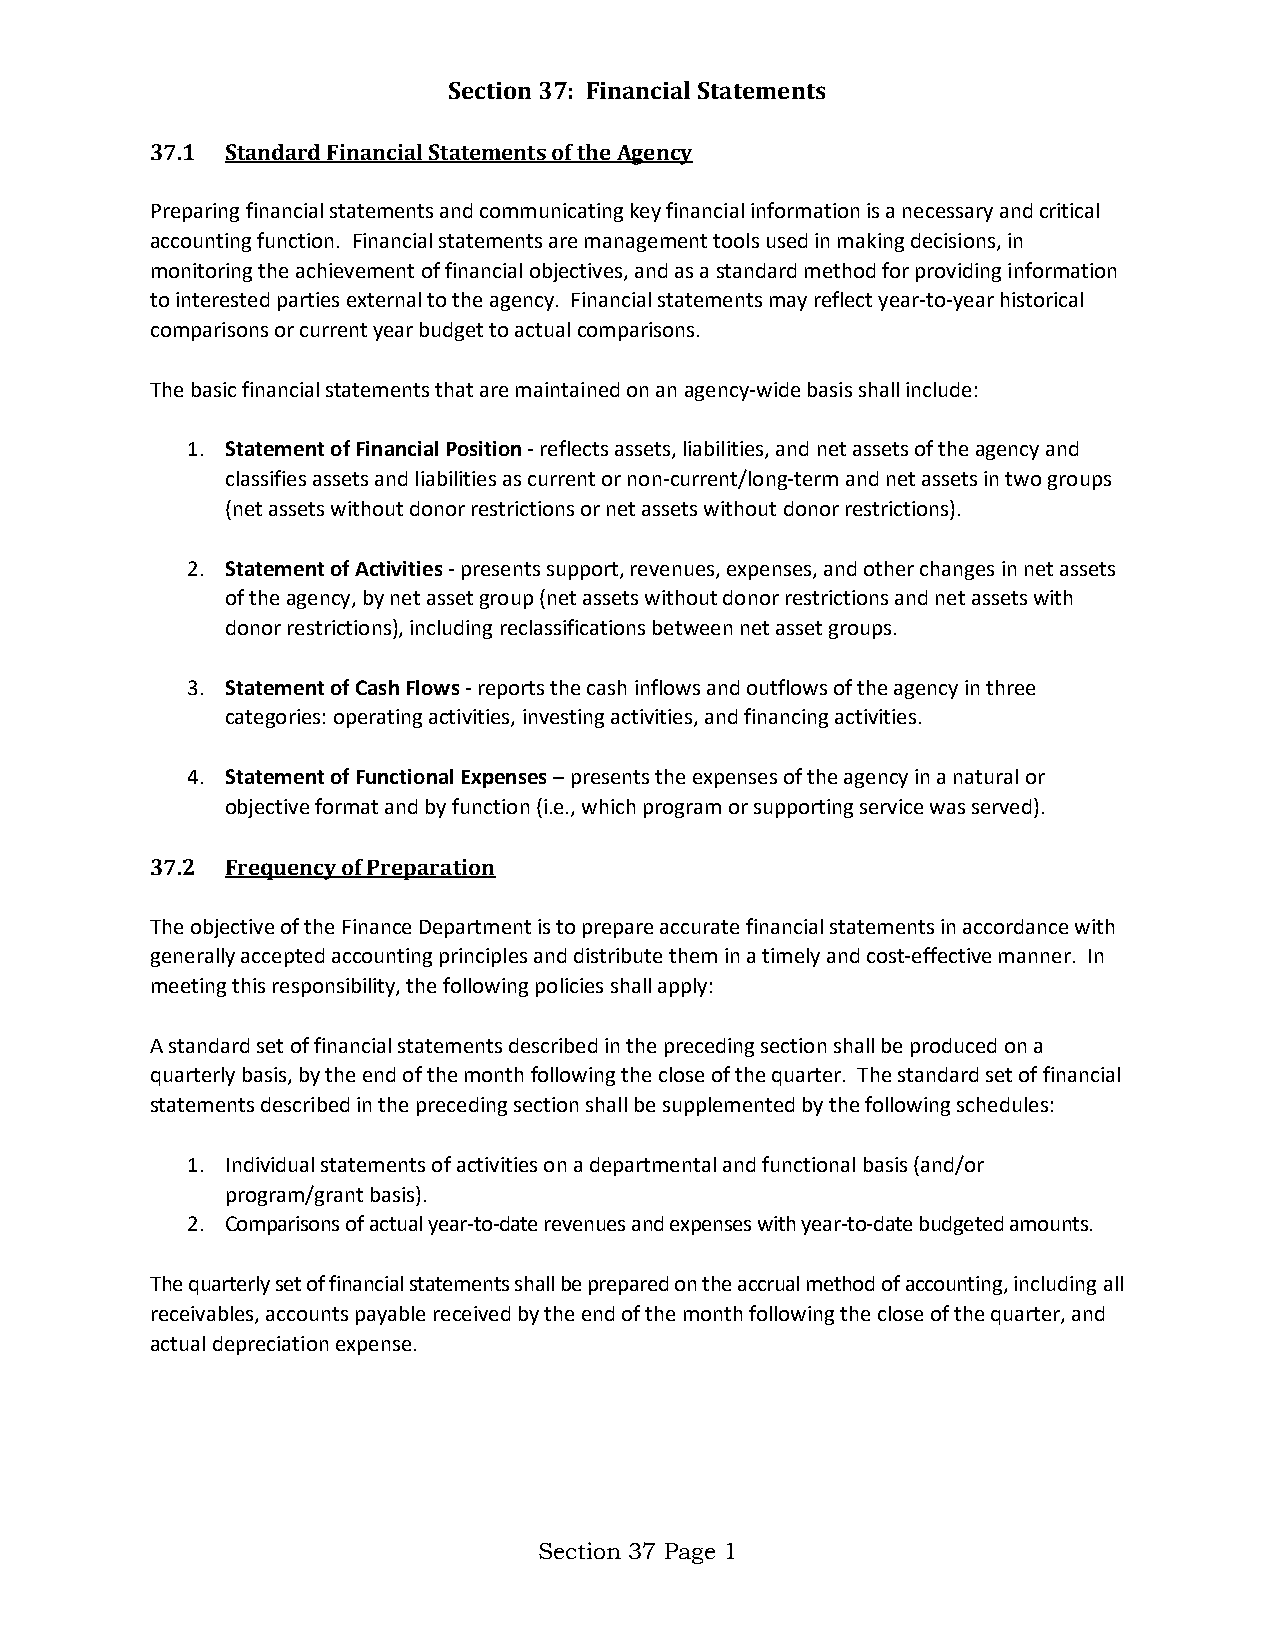
Section 37: Financial Statements
 37.1 Standard Financial Statements of the Agency
 Preparing financial statements and communicating key financial information is a necessary and critical
 accounting function. Financial statements are management tools used in making decisions, in
 monitoring the achievement of financial objectives, and as a standard method for providing information
 to interested parties external to the agency. Financial statements may reflect year-to-year historical
 comparisons or current year budget to actual comparisons.
 The basic financial statements that are maintained on an agency-wide basis shall include:
 1. Statement of Financial Position - reflects assets, liabilities, and net assets of the agency and
 classifies assets and liabilities as current or non-current/long-term and net assets in two groups
 (net assets without donor restrictions or net assets without donor restrictions).
 2. Statement of Activities - presents support, revenues, expenses, and other changes in net assets
 of the agency, by net asset group (net assets without donor restrictions and net assets with
 donor restrictions), including reclassifications between net asset groups.
 3. Statement of Cash Flows - reports the cash inflows and outflows of the agency in three
 categories: operating activities, investing activities, and financing activities.
 4. Statement of Functional Expenses – presents the expenses of the agency in a natural or
 objective format and by function (i.e., which program or supporting service was served).
 37.2 Frequency of Preparation
 The objective of the Finance Department is to prepare accurate financial statements in accordance with
 generally accepted accounting principles and distribute them in a timely and cost-effective manner. In
 meeting this responsibility, the following policies shall apply:
 A standard set of financial statements described in the preceding section shall be produced on a
 quarterly basis, by the end of the month following the close of the quarter. The standard set of financial
 statements described in the preceding section shall be supplemented by the following schedules:
 1. Individual statements of activities on a departmental and functional basis (and/or
 program/grant basis).
 2. Comparisons of actual year-to-date revenues and expenses with year-to-date budgeted amounts.
 The quarterly set of financial statements shall be prepared on the accrual method of accounting, including all
 receivables, accounts payable received by the end of the month following the close of the quarter, and
 actual depreciation expense.
 Section 37 Page 1